Children and Young Persons (Scotland) Act, 1932. Employment of children, 1932
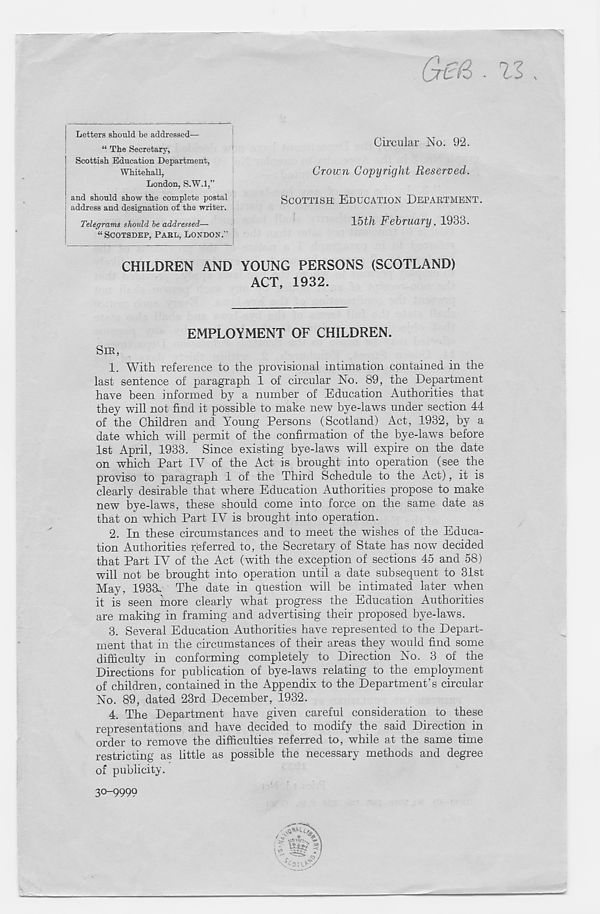
(jr€d • Xl s
Letters should be addressed—
“ The Secretary,
Scottish Education Department,
Whitehall,
London, S.W.l,”
and should show the complete postal
address and designation of the writer.
Telegrams should be addressed—
“SCOTSDEP, PABL, LONDON.”
Circular No. 92.
Crown Copyright Reserved.
SCOTTISH EDUCATION DEPARTMENT.
15th February, 1933.
CHILDREN AND YOUNG PERSONS (SCOTLAND)
ACT, 1932.
EMPLOYMENT OF CHILDREN.
SIR,
1. With reference to the provisional intimation contained in the
last sentence of paragraph 1 of circular No. 89, the Department
have been informed by a number of Education Authorities that
they will not find it possible to make new bye-laws under section 44
of the Children and Young Persons (Scotland) Act, 1932, by a
date which will permit of the confirmation of the bye-laws before
1st April, 1933. Since existing bye-laws will expire on the date
on which Part IY of the Act is brought into operation (see the
proviso to paragraph 1 of the Third Schedule to the Act), it is
clearly desirable" that where Education Authorities propose to make
new bye-laws, these should come into force on the same date as
that on which Part IY is brought into operation.
2. In these circumstances and to meet the wishes of the Educa-
tion Authorities referred to, the Secretary of State has now decided
that Part IV of the Act (with the exception of sections 45 and 58)
will not be brought into operation until a date subsequent to 31st
May, 1933.. The date in question will be intimated later when
it is seen more clearly what progress the Education Authorities
are makihg in framing and advertising their proposed bye-laws.
3. Several Education Authorities have represented to the Depart-
ment that in the circumstances of their areas they would find some
difficulty in conforming completely to Direction No. 3 of the
Directions for publication of bye-laws relating to the employment
of children, contained in the Appendix to the Department’s circular
No. 89, dated 23rd December, 1932.
4. The Department have given careful consideration to these
representations and have decided to modify the said Direction in
order to remove the difficulties referred to, while at the same time
restricting as little as possible the necessary methods and degree
of publicity.
30-9990